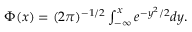
\begin{array} { r } { \begin{array} { r } { \Phi ( x ) = ( 2 \pi ) ^ { - 1 / 2 } \int _ { - \infty } ^ { x } e ^ { - y ^ { 2 } / 2 } d y . } \end{array} } \end{array}